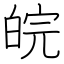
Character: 皖